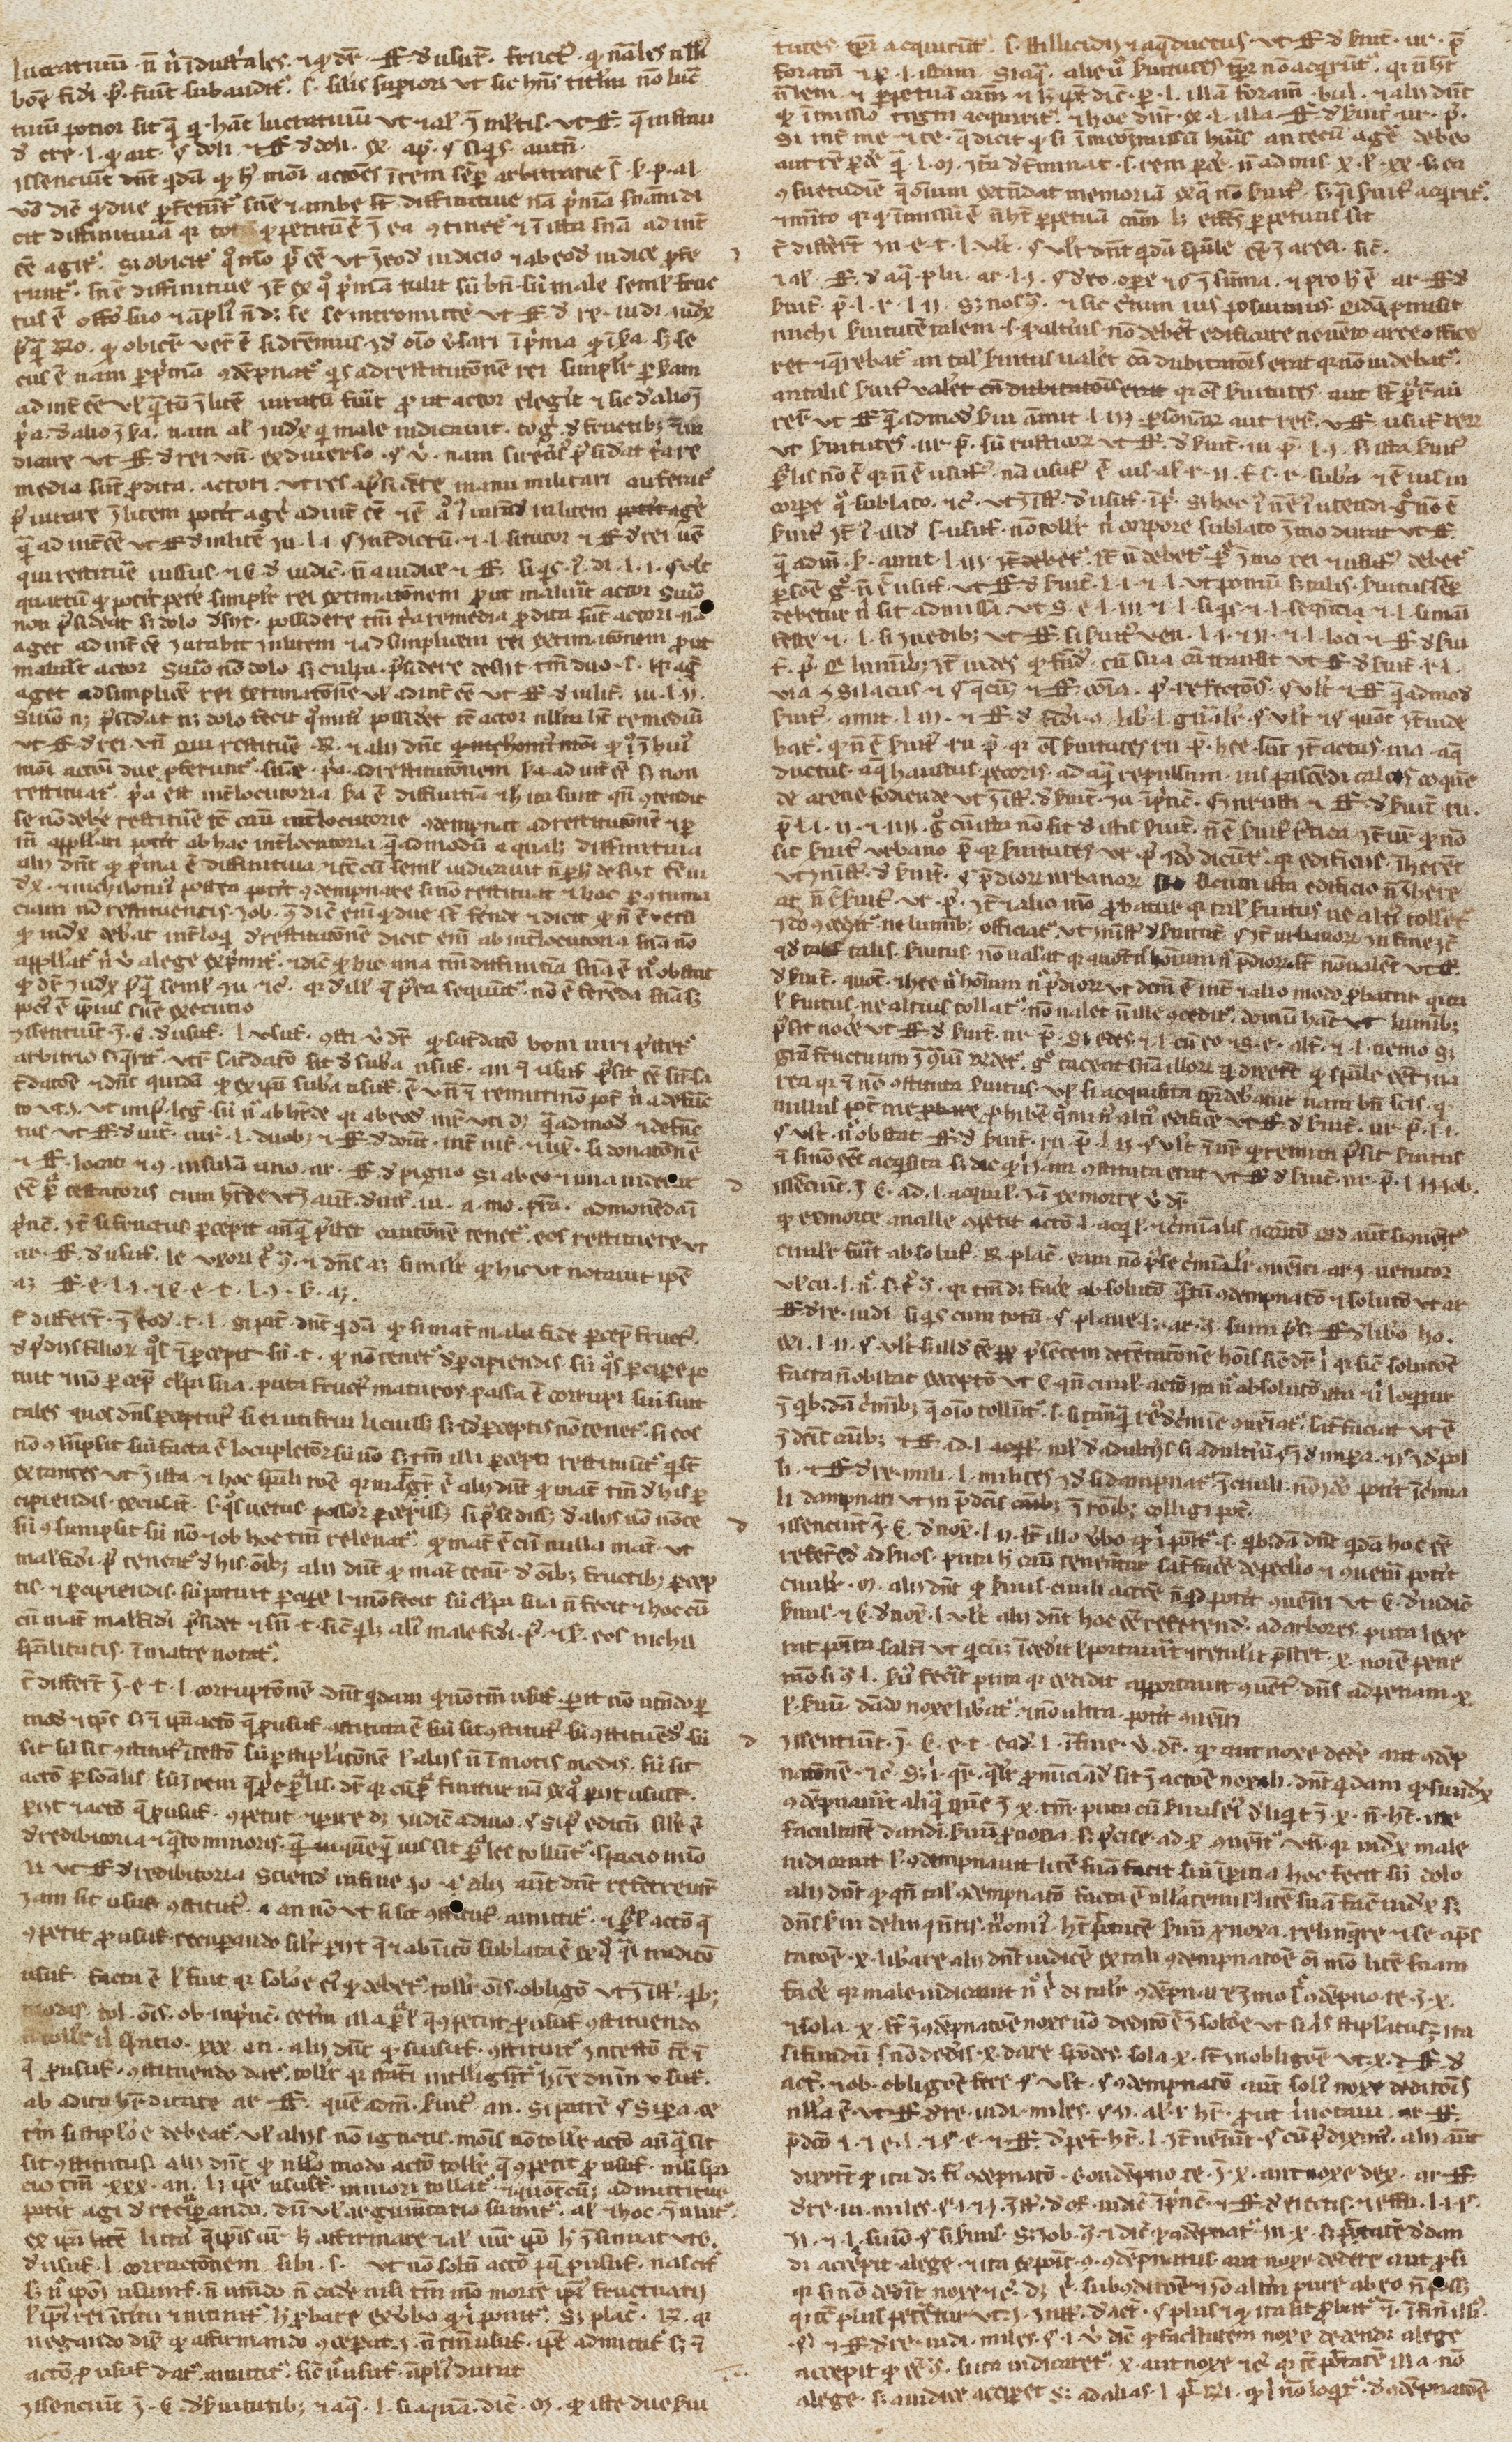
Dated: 1200–1224